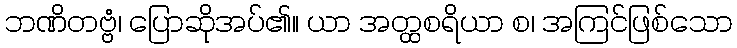
ဘဏိတဗ္ဗံ၊ ပြောဆိုအပ်၏။ ယာ အတ္ထစရိယာ စ၊ အကြင်ဖြစ်သော